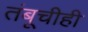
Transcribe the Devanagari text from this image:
तंबूचीही